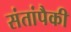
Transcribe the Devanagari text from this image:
संतांपैकी